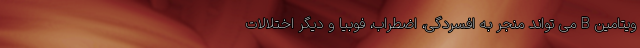
ویتامین B می تواند منجر به افسردگی، اضطراب، فوبیا و دیگر اختلالات